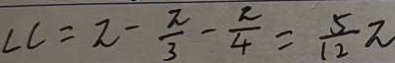
\angle C = \pi - \frac { \pi } { 3 } - \frac { \pi } { 4 } = \frac { 5 } { 1 2 } \pi